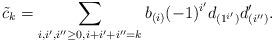
LaTeX: \begin{gather*} \tilde{c}_k=\sum_{i,i',i''\ge0,i+i'+i''=k}b_{(i)}(-1)^{i'}d_{(1^{i'})}d'_{(i'')}.\end{gather*}